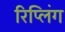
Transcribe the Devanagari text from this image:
रिप्लिंग